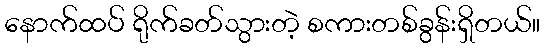
နောက်ထပ် ရိုက်ခတ်သွားတဲ့ စကားတစ်ခွန်းရှိတယ်။